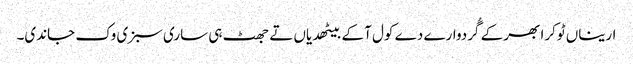
اریناں ٹوکرا بھر کے گُردوارے دے کول آ کے بیٹھدیاں تے جھٹ ہی ساری سبزی وک جاندی۔